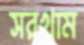
সরখাম